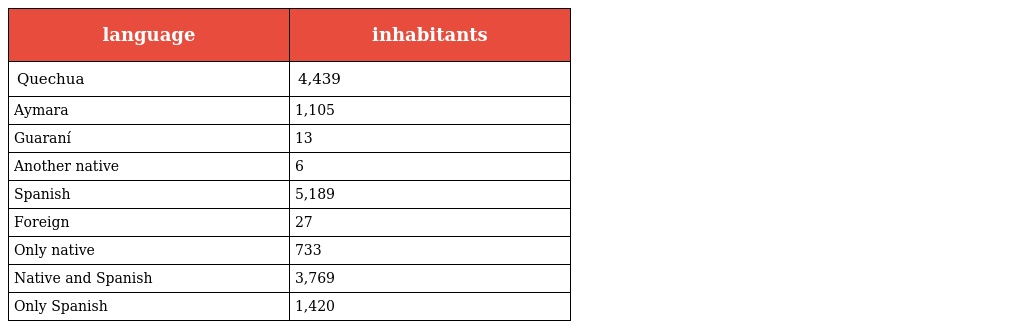
| language | inhabitants |
 | --- | --- |
 | Quechua | 4,439 |
 | Aymara | 1,105 |
 | Guaraní | 13 |
 | Another native | 6 |
 | Spanish | 5,189 |
 | Foreign | 27 |
 | Only native | 733 |
 | Native and Spanish | 3,769 |
 | Only Spanish | 1,420 |